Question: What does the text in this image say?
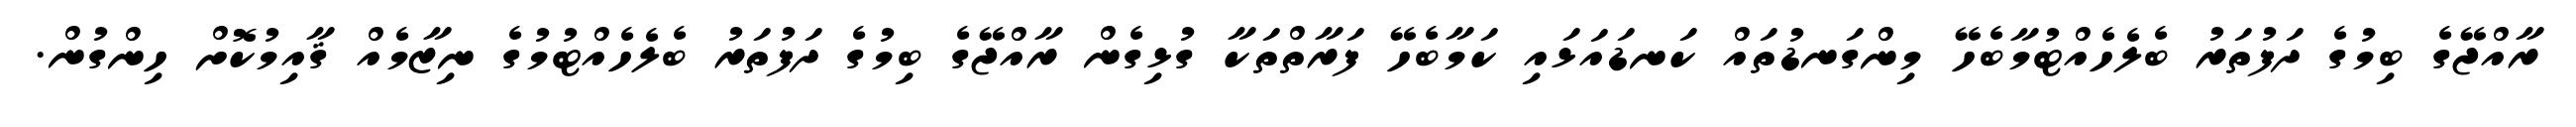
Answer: ރާއްޖޭގެ ބިމުގެ ދަފުތަރު ބެލެހެއްޓުމާބެހޭ މިންގަނޑުތައް ކަނޑައަޅައި ކަމާބެހޭ ފަރާތްތަކާ ގުޅިގެން ރާއްޖޭގެ ބިމުގެ ދަފުތަރު ބެލެހެއްޓުމުގެ ނިޒާމެއް ޤާއިމުކޮށް ހިންގުން.